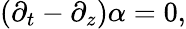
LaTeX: \left(\partial_{t}-\partial_{z}\right)\alpha=0,